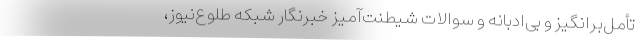
تأمل‌برانگیز و بی‌ادبانه و سوالات شیطنت‌آمیز خبرنگار شبکه طلوع‌نیوز،